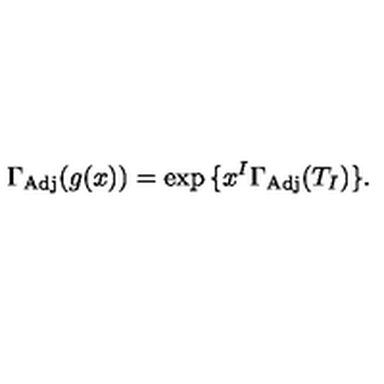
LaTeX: \Gamma _ { \mathrm { A d j } } ( g ( x ) ) = \exp { \{ x ^ { I } \Gamma _ { \mathrm { A d j } } ( T _ { I } ) \} } .